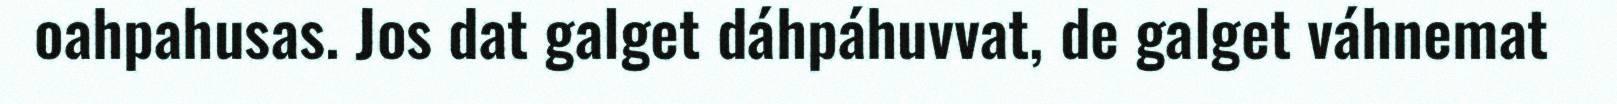
oahpahusas. Jos dat galget dáhpáhuvvat, de galget váhnemat